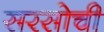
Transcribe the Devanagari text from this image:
सरसोची